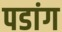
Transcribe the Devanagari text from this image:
पडांग